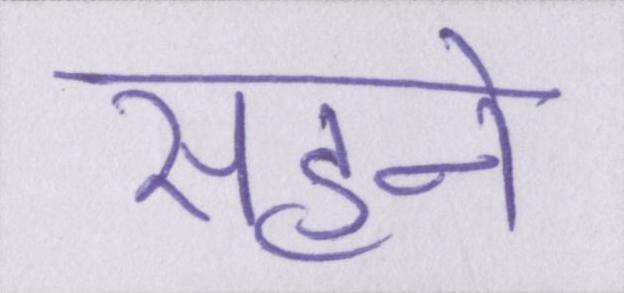
सहने